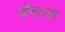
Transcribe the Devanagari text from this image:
चॅनल्स